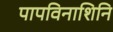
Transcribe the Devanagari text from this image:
पापविनाशिनि